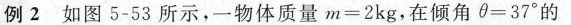
例2如图5-53所示，一物体质量m=2kg，在倾角θ=37°的